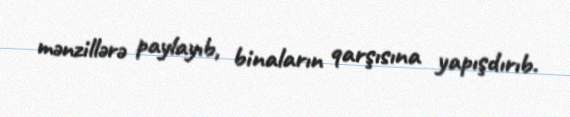
mənzillərə paylayıb, binaların qarşısına yapışdırıb.